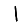
Digit: 1